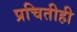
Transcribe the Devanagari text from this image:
प्रचितीही